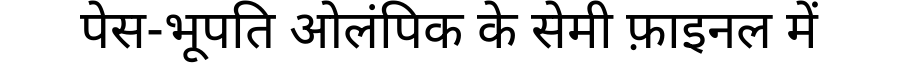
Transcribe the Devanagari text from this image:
पेस-भूपति ओलंपिक के सेमी फ़ाइनल में